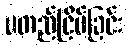
မတည်ငြိမ်ခြင်း